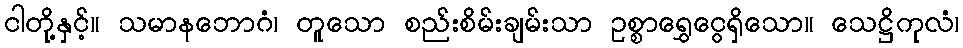
ငါတို့နှင့်။ သမာနဘောဂံ၊ တူသော စည်းစိမ်းချမ်းသာ ဥစ္စာရွှေငွေရှိသော။ သေဋ္ဌိကုလံ၊